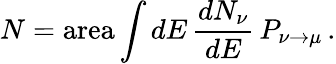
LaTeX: N=\mathrm{area}\int dE\, {\frac{dN_{\nu}}{dE}}\, P_{\nu\to\mu}\, .